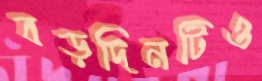
বড়দিনটিও